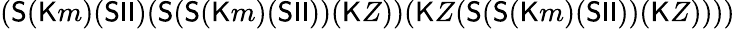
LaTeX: ({\textsf{S}}({\textsf{K}}m)({\textsf{S}}{\textsf{I}}{\textsf{I}})({\textsf{S}}({\textsf{S}}({\textsf{K}}m)({\textsf{S}}{\textsf{I}}{\textsf{I}}))({\textsf{K}}Z))({\textsf{K}}Z({\textsf{S}}({\textsf{S}}({\textsf{K}}m)({\textsf{S}}{\textsf{I}}{\textsf{I}}))({\textsf{K}}Z))))